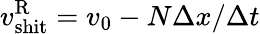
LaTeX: v_{\mathrm{shit}}^{\mathrm{R}}=v_{0}-N\Delta x/\Delta t